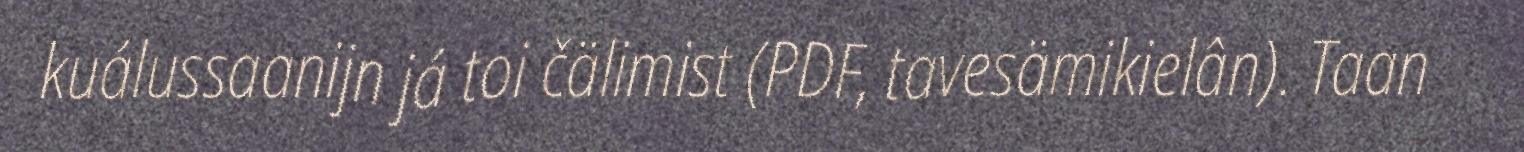
kuálussaanijn já toi čälimist (PDF, tavesämikielân). Taan